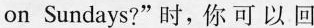
on Sundays?"时,你可以回